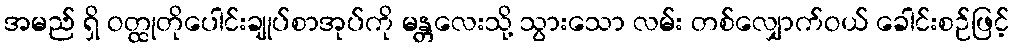
အမည် ရှိ ဝတ္ထုတိုပေါင်းချုပ်စာအုပ်ကို မန္တလေးသို့ သွားသော လမ်း တစ်လျှောက်ဝယ် ခေါင်းစဉ်ဖြင့်